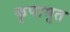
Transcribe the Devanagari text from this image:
कृपामृत